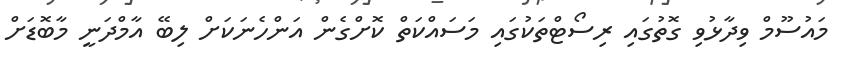
މައުސޫމް ވިދާޅުވި ގޮތުގައި ރިސޯޓްތަކުގައި މަސައްކަތް ކޮށްގެން އަންހެނަކަށް ލިބޭ އާމްދަނީ މާބޮޑަށް